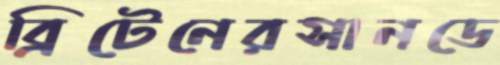
ব্রিটেনেরসানডে